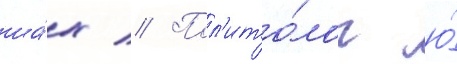
ша́х // Пол'ито́лог ю́